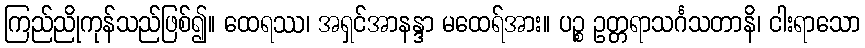
ကြည်ညိုကုန်သည်ဖြစ်၍။ ထေရဿ၊ အရှင်အာနန္ဒာ မထေရ်အား။ ပဉ္စ ဥတ္တရာသင်္ဂသတာနိ၊ ငါးရာသော